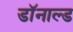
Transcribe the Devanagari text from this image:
डाॅनाल्ड